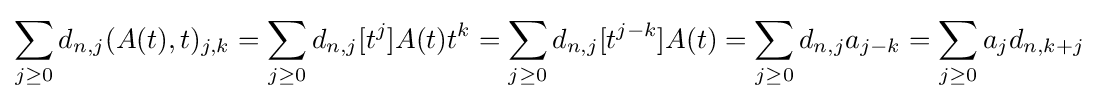
\sum _{j\geq 0}d_{n,j}(A(t),t)_{j,k}=\sum \limits _{j\geq 0}d_{n,j}[t^{j}]A(t)t^{k}=\sum \limits _{j\geq 0}d_{n,j}[t^{j-k}]A(t)=\sum \limits _{j\geq 0}d_{n,j}a_{j-k}=\sum \limits _{j\geq 0}a_{j}d_{n,k+j}